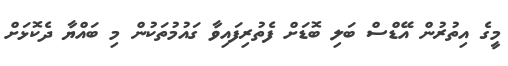
މީގެ އިތުރުން އޭޑްސް ބަލި ބޮޑަށް ފެތުރިފައިވާ ގައުމުތަކުން މި ބައްޔާ ދެކޮޅަށް